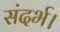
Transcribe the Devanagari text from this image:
संदर्भ।